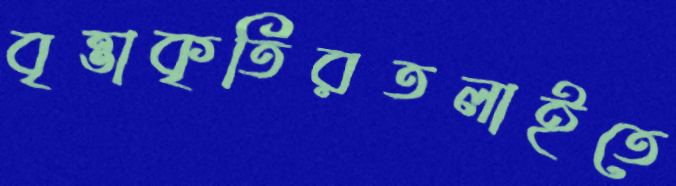
বৃত্তাকৃতিরতলাইতে